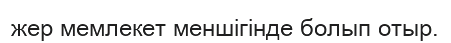
жер мемлекет меншігінде болып отыр.